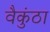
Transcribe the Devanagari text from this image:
वैकुंठा